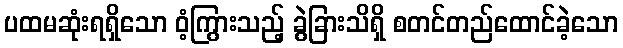
ပထမဆုံးရရှိသော ဝံ့ကြွားသည့် ခွဲခြားသိရှိ စတင်တည်ထောင်ခဲ့သော